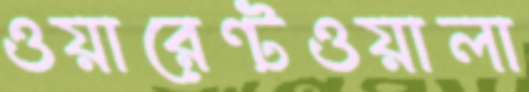
ওয়ারেন্টওয়ালা